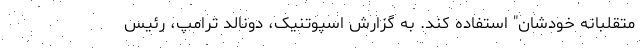
متقلبانه خودشان" استفاده کند. به گزارش اسپوتنیک، دونالد ترامپ، رئیس